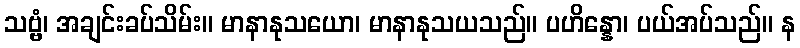
သဗ္ဗံ၊ အချင်းခပ်သိမ်း။ မာနာနုသယော၊ မာနာနုသယသည်။ ပဟိန္နော၊ ပယ်အပ်သည်။ န